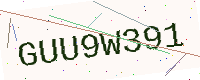
Text: GUU9W391